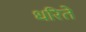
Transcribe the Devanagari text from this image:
धरिते